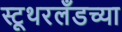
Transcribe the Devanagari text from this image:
स्टूथरलँडच्या